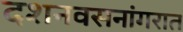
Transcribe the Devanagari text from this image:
दशनवसनांगरात